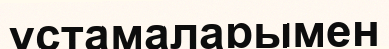
ұстамаларымен